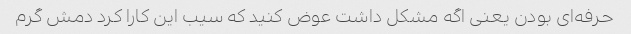
حرفه‌ای بودن یعنی اگه مشکل داشت عوض کنید که سیب این کارا کرد دمش گرم